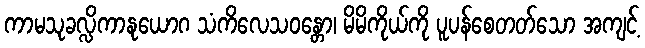
ကာမသုခလ္လိကာနုယောဂ သံကိလေသဝန္တော၊ မိမိကိုယ်ကို ပူပန်စေတတ်သော အကျင့်